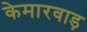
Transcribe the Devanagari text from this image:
केमारवाड़